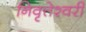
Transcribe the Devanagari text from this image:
निवृत्तेश्वरी